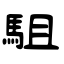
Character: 駔